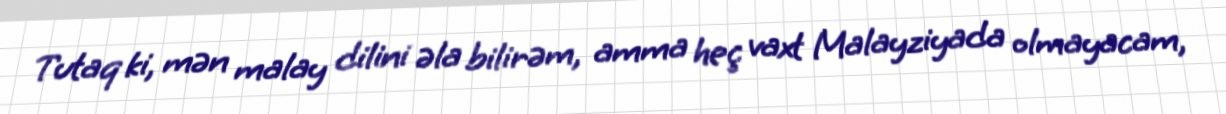
Tutaq ki, mən malay dilini əla bilirəm, amma heç vaxt Malayziyada olmayacam,